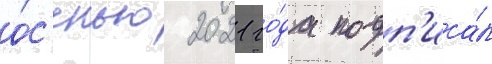
о́с'енью 2021 го́да подп'иса́л